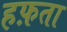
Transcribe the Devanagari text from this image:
हफ़ता